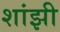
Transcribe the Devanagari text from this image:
शांझी